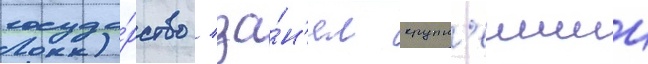
госуда́рство / за́н'ял крупн'еишии